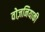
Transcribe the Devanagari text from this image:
वोज़नियाकी